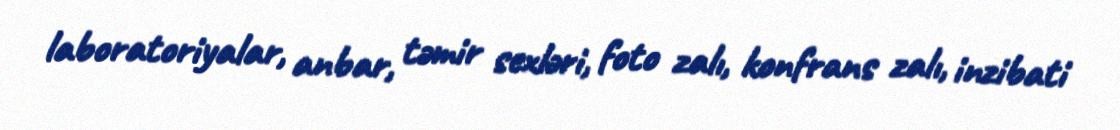
laboratoriyalar, anbar, təmir sexləri, foto zalı, konfrans zalı, inzibati